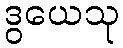
ဒွယေသု